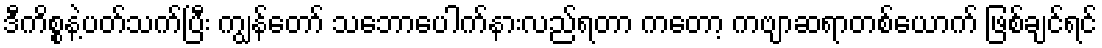
ဒီကိစ္စနဲ့ပတ်သက်ပြီး ကျွန်တော် သဘောပေါက်နားလည်ရတာ ကတော့ ကဗျာဆရာတစ်ယောက် ဖြစ်ချင်ရင်